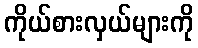
ကိုယ်စားလှယ်များကို